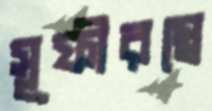
সূফীরস্বে